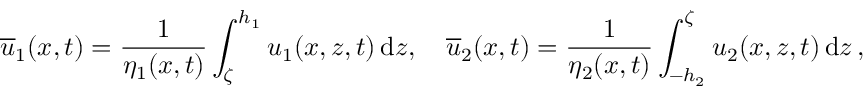
{ \overline { { u } } } _ { 1 } ( x , t ) = \frac { 1 } { \eta _ { 1 } ( x , t ) } \int _ { \zeta } ^ { h _ { 1 } } u _ { 1 } ( x , z , t ) \, \mathrm { d } z , \quad { \overline { { u } } } _ { 2 } ( x , t ) = \frac 1 { \eta _ { 2 } ( x , t ) } \int _ { - h _ { 2 } } ^ { \zeta } u _ { 2 } ( x , z , t ) \, \mathrm { d } z \, ,